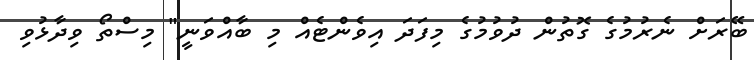
ބޭރަށް ނެރުމުގެ ގޮތުން ދުވުމުގެ މިފަދަ އިވެންޓެއް މި ބާއްވަނީ" މިސްތޯ ވިދާޅުވި